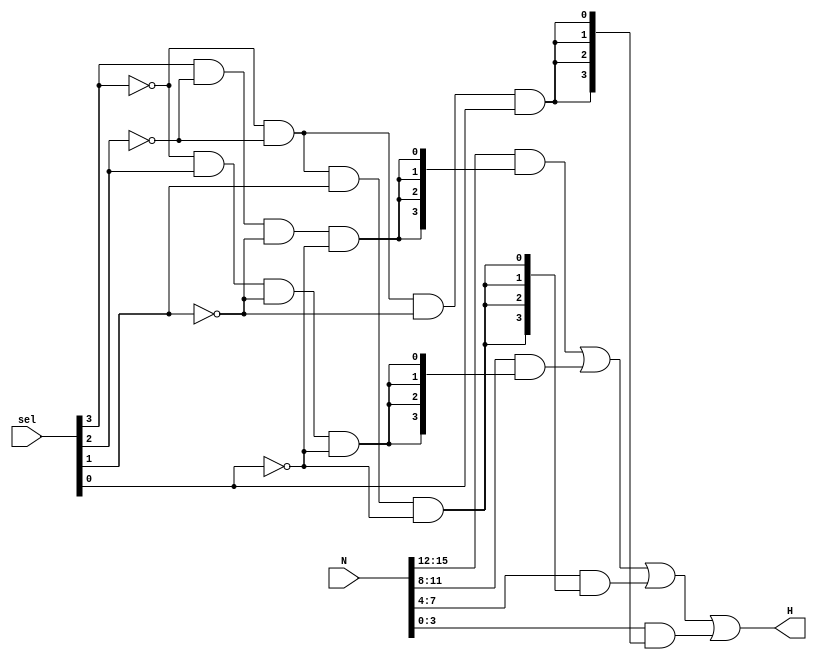
`timescale 1ns / 1ps
//////////////////////////////////////////////////////////////////////////////////
// Company: 
// Engineer: 
// 
// Design Name: 
// Module Name: Selector
// Project Name: 
// Target Devices: 
// Tool Versions: 
// Description: 
// 
// Dependencies: 
// 
// Revision:
// Revision 0.01 - File Created
// Additional Comments:
// 
//////////////////////////////////////////////////////////////////////////////////


module Selector(
    input [3:0] sel, 
    input [15:0] N, 
    output [3:0] H
    );
    
    
    assign H =  (N[15:12] & {4{( sel[3] & ~sel[2] & ~sel[1] & ~sel[0])}})|
    (N[11:8] & {4{(~sel[3] & sel[2] & ~sel[1] & ~sel[0])}})|
    (N[7:4] & {4{(~sel[3] & ~sel[2] & sel[1] & ~sel[0])}})|
    (N[3:0] & {4{(~sel[3] & ~sel[2] & ~sel[1] & sel[0])}});
    

    
    //H is N[15:12] when sel=(1000);
    //H is N[11:8] when sel=(0100);
    //H is N[7:4] when sel=(0010);
    //H is N[3:0] when sel=(0001);
    
    
endmodule